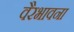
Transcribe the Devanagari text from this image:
वैरभावना